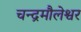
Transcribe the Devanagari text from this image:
चन्द्रमौलेश्वर